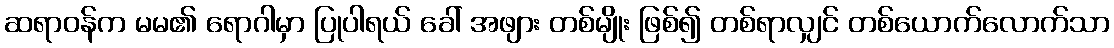
ဆရာဝန်က မမ၏ ရောဂါမှာ ပြုပါရယ် ခေါ် အဖျား တစ်မျိုး ဖြစ်၍ တစ်ရာလျှင် တစ်ယောက်လောက်သာ